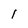
Character: I